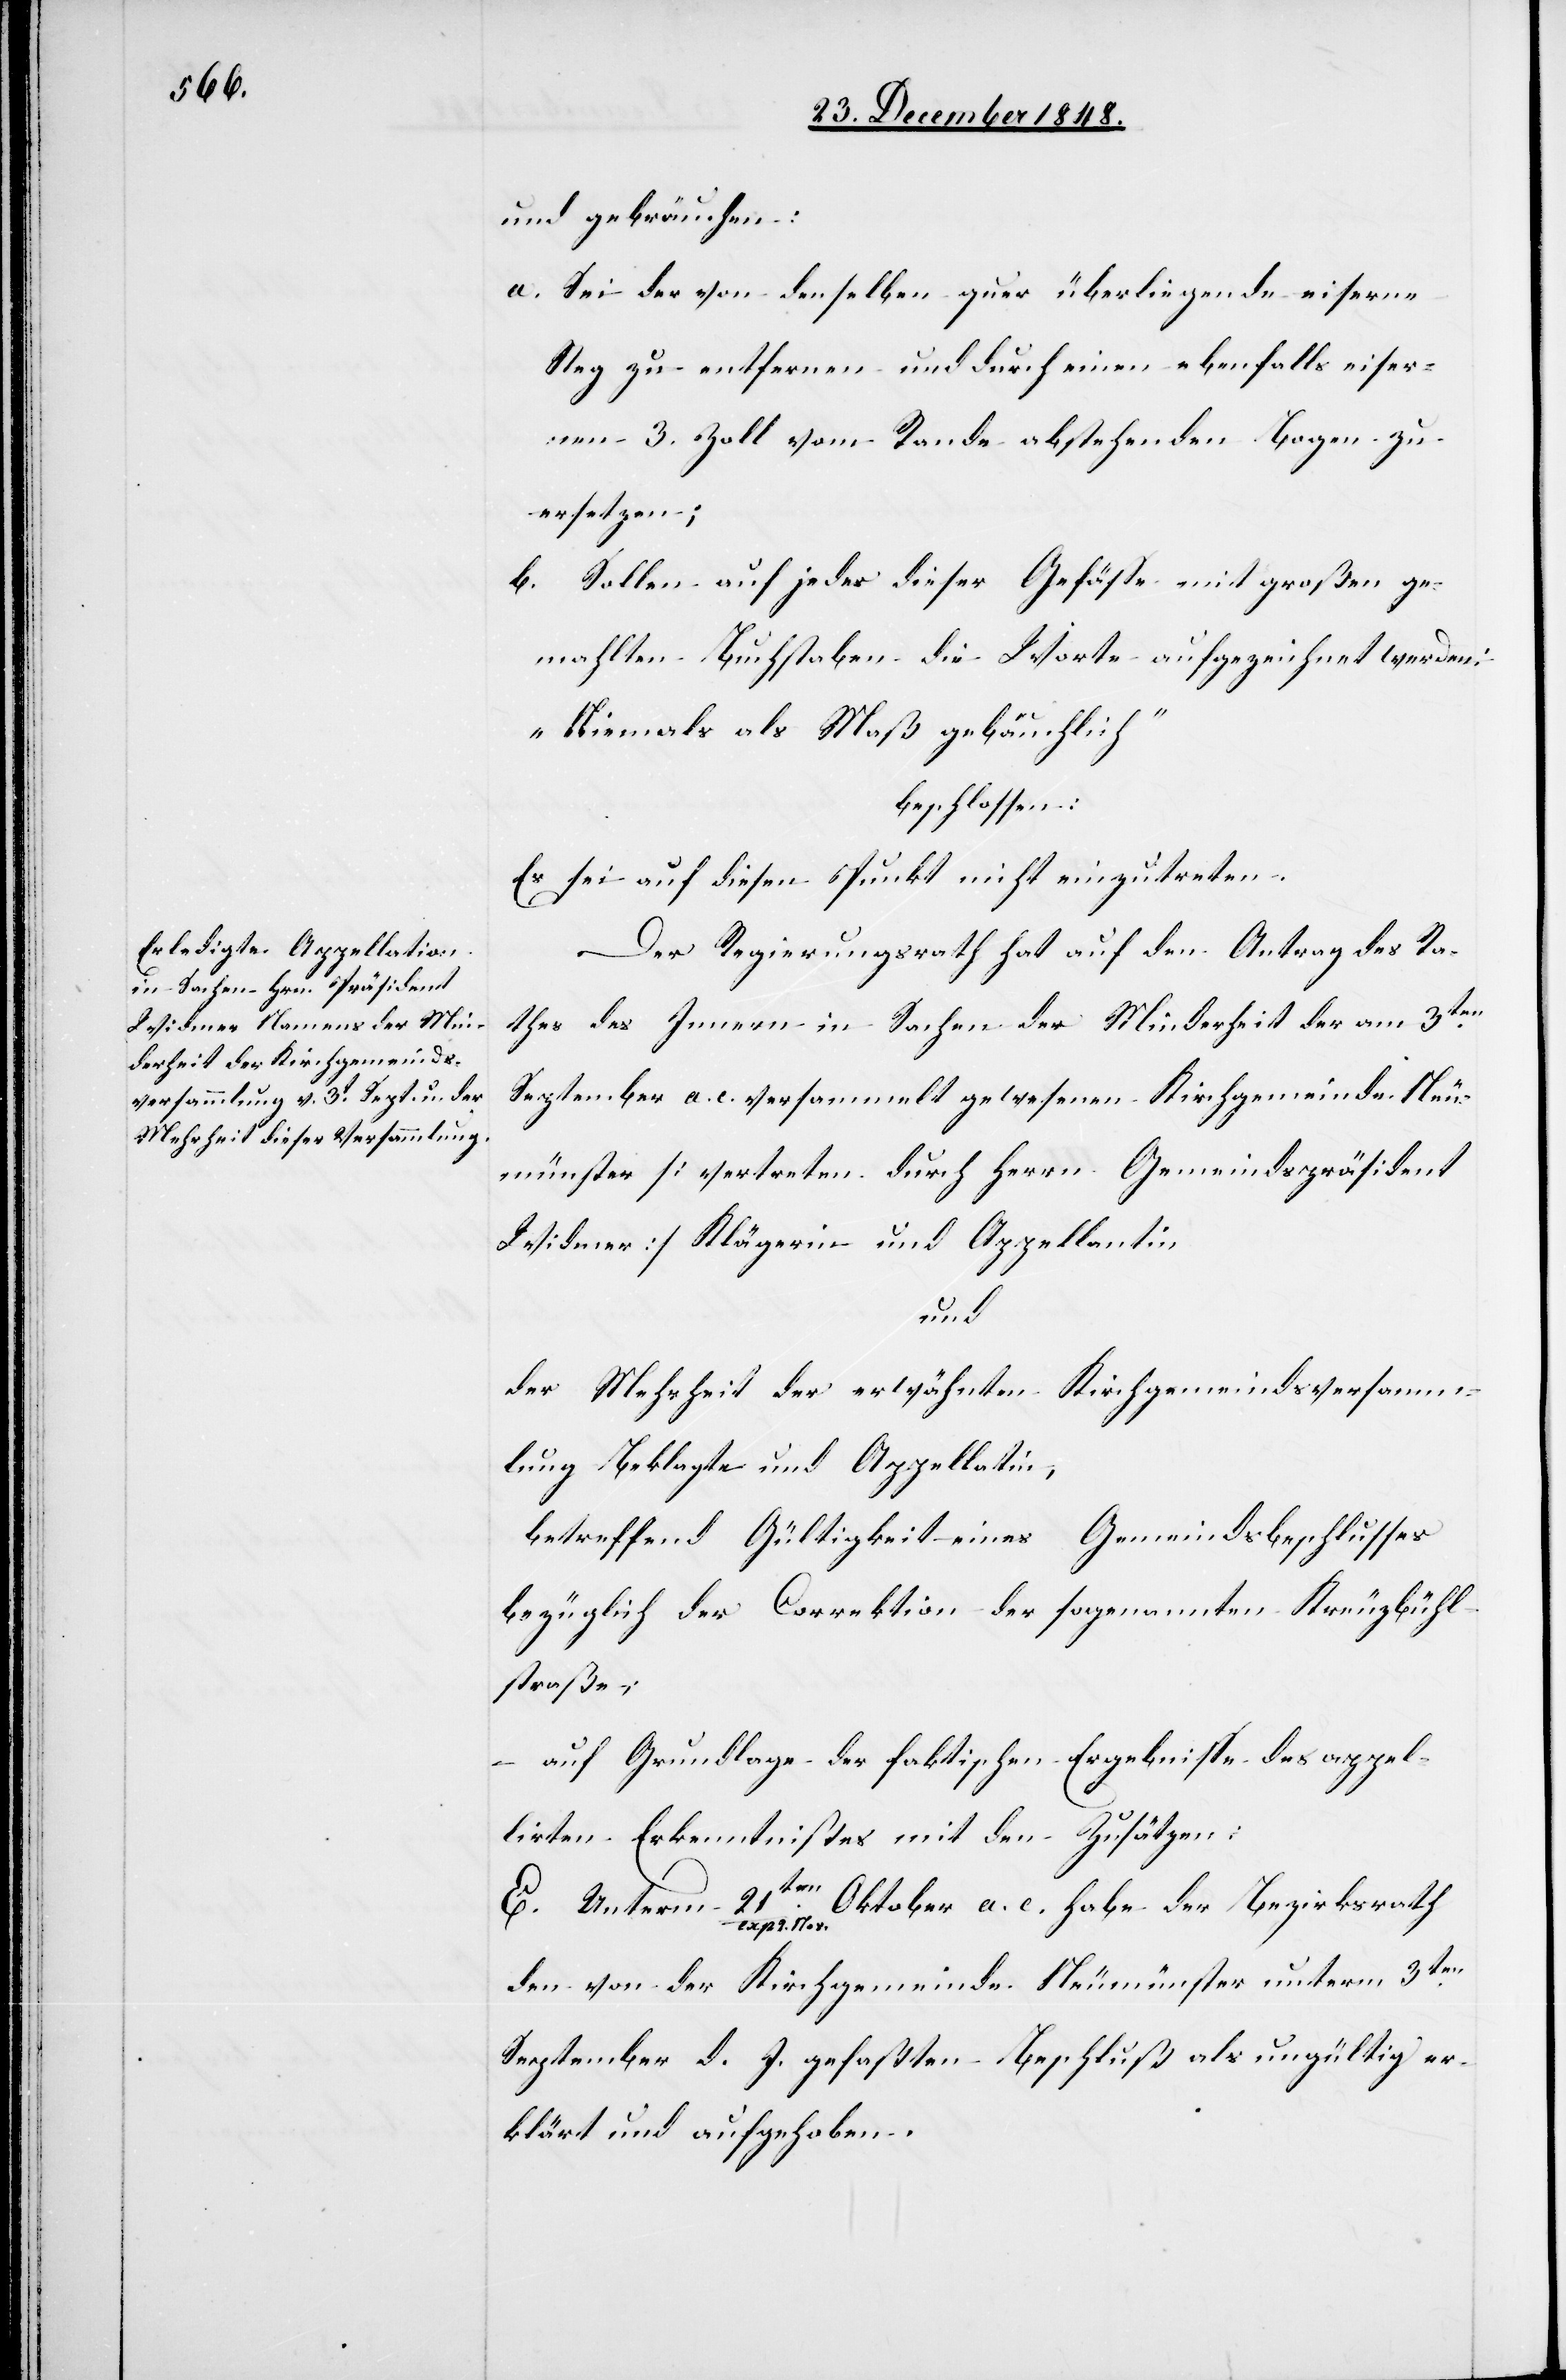
und gebräuchen:
a. Sei der von denselben quer überliegende eiserne
Steg zu entfernen und durch einen ebenfalls eiser¬
nen 3. Zoll vom Rande abstehenden Bogen zu
ersetzen;
b. Sollen auf jedes dieser Gefässe mit großen ge¬
mahlten Buchstaben die Worte aufgezeichnet werden:
„Niemals als Maß gebräuchlich“
beschlossen:
Es sei auf diesen Punkt nicht einzutreten.
Der Regierungsrath hat auf den Antrag des Ra¬
thes des Innern in Sachen der Minderheit der am 3ten
September a. c. versammelt gewesenen Kirchgemeinde Neu¬
münster [vertreten durch Herrn Gemeindspräsident
Widmer] Klägerin und Appellantin
und
der Mehrheit der erwähnten Kirchgemeindsversamm¬
lung Beklagte und Appellatin,
betreffend Gültigkeit eines Gemeindsbeschlusses
bezüglich der Correktion der sogenannten Kreuzbühl¬
straße;
auf Grundlage der faktischen Ergebnisse des appel¬
lirten Erkenntnißes mit den Zusätzen:
E. Unterm 21ten
Nov. a. c. habe der Bezirksrath
2.
den von der Kirchgemeinde Neumünster unterm 3ten
September d. J. gefaßten Beschluß als ungültig er¬
klärt und aufgehoben.